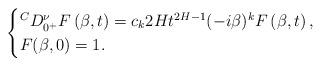
LaTeX: \begin{align*} \begin{cases} {}^C D_{0^+}^\nu F \left( \beta,t \right) = c_k2H t^{2H-1} (-i\beta)^k F \left( \beta, t \right), \\ F (\beta,0)=1. \end{cases} \end{align*}